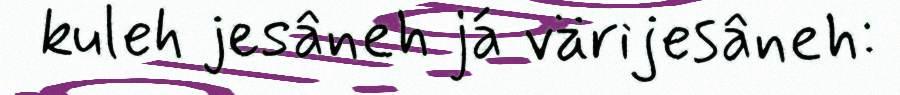
kuleh jesâneh já värijesâneh: